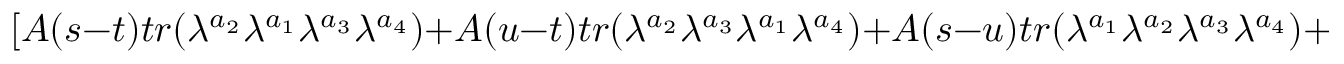
[ A ( s - t ) t r ( \lambda ^ { a _ { 2 } } \lambda ^ { a _ { 1 } } \lambda ^ { a _ { 3 } } \lambda ^ { a _ { 4 } } ) + A ( u - t ) t r ( \lambda ^ { a _ { 2 } } \lambda ^ { a _ { 3 } } \lambda ^ { a _ { 1 } } \lambda ^ { a _ { 4 } } ) + A ( s - u ) t r ( \lambda ^ { a _ { 1 } } \lambda ^ { a _ { 2 } } \lambda ^ { a _ { 3 } } \lambda ^ { a _ { 4 } } ) + 3 \leftrightarrow 4 ]